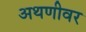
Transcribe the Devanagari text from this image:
अथणीवर